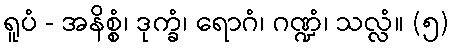
ရူပံ - အနိစ္စံ၊ ဒုက္ခံ၊ ရောဂံ၊ ဂဏ္ဍံ၊ သလ္လံ။ (၅)